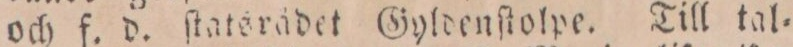
och f. d. ſtatsrädet Gyldenſtolpe. Till tal=